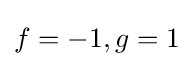
{\textstyle f=-1,g=1}